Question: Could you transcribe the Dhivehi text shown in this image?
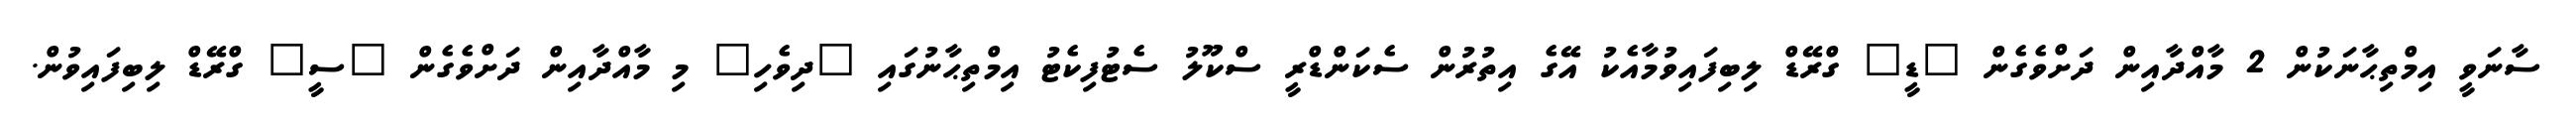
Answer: ސާނަވީ އިމްތިޙާނަކުން 2 މާއްދާއިން ދަށްވެގެން "ޑީ" ގްރޭޑް ލިބިފައިވުމާއެކު އޭގެ އިތުރުން ސެކަންޑްރީ ސްކޫލު ސެޓުފިކެޓު އިމްތިޙާނުގައި "ދިވެހި" މި މާއްދާއިން ދަށްވެގެން "ސީ" ގްރޭޑް ލިބިފައިވުން.